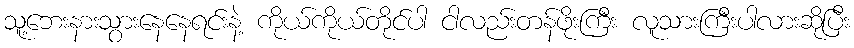
သူ့ဘေးနားသွားနေနေရင်းနဲ့ ကိုယ်ကိုယ်တိုင်ပါ ငါလည်းတန်ဖိုးကြီး လူသားကြီးပါလားဆိုပြီး